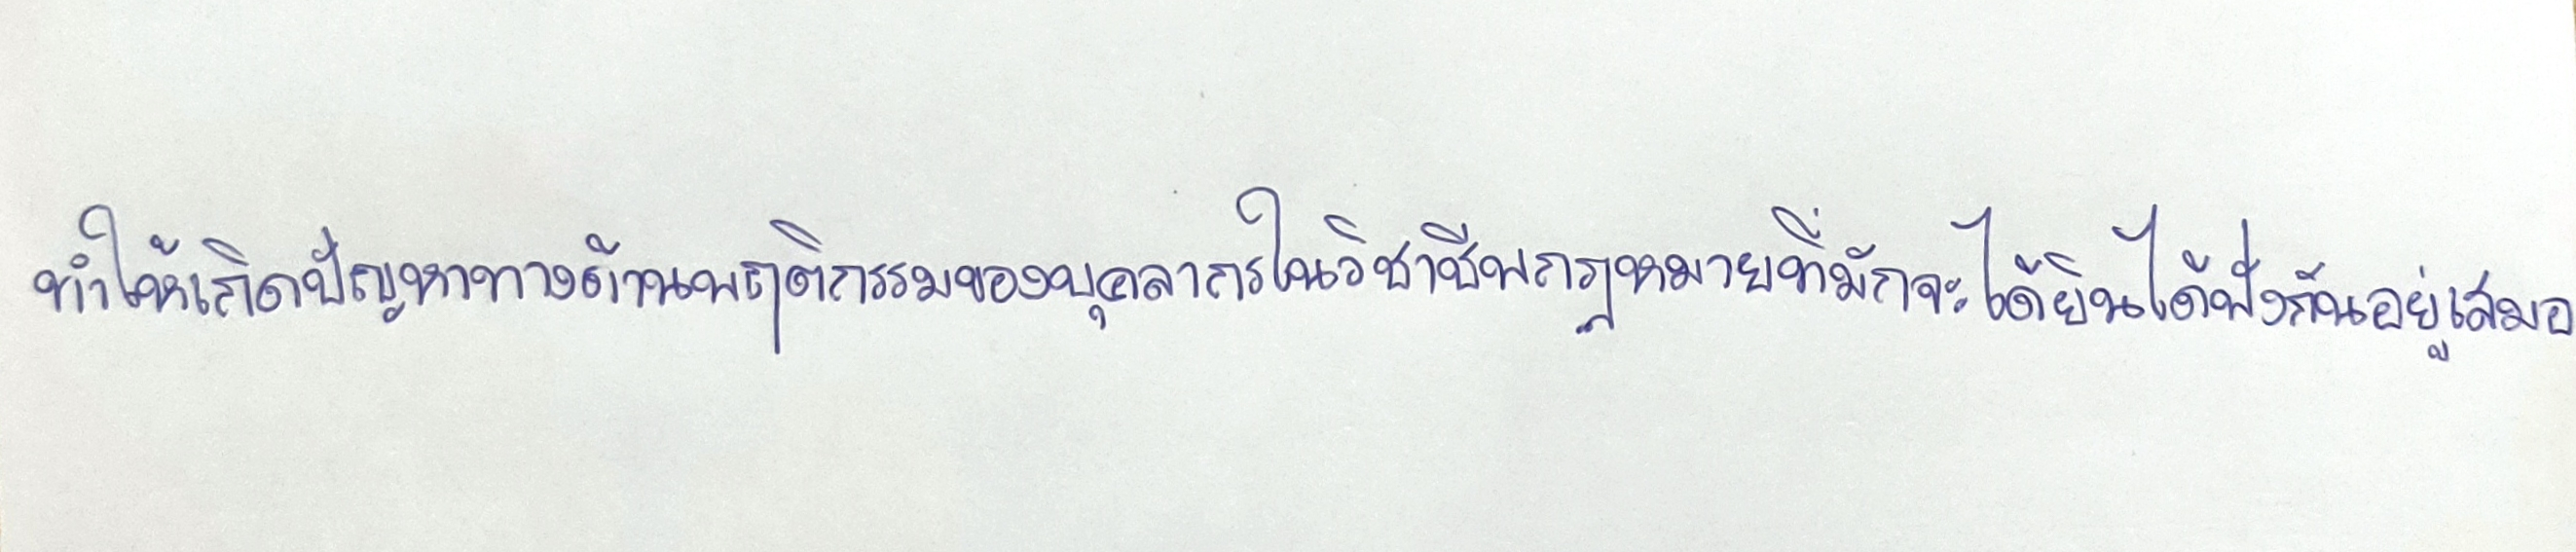
ทำให้เกิดปัญหาทางด้านพฤติกรรมของบุคลากรในวิชาชีพกฎหมายที่มักจะได้ยินได้ฟังกันอยู่เสมอ